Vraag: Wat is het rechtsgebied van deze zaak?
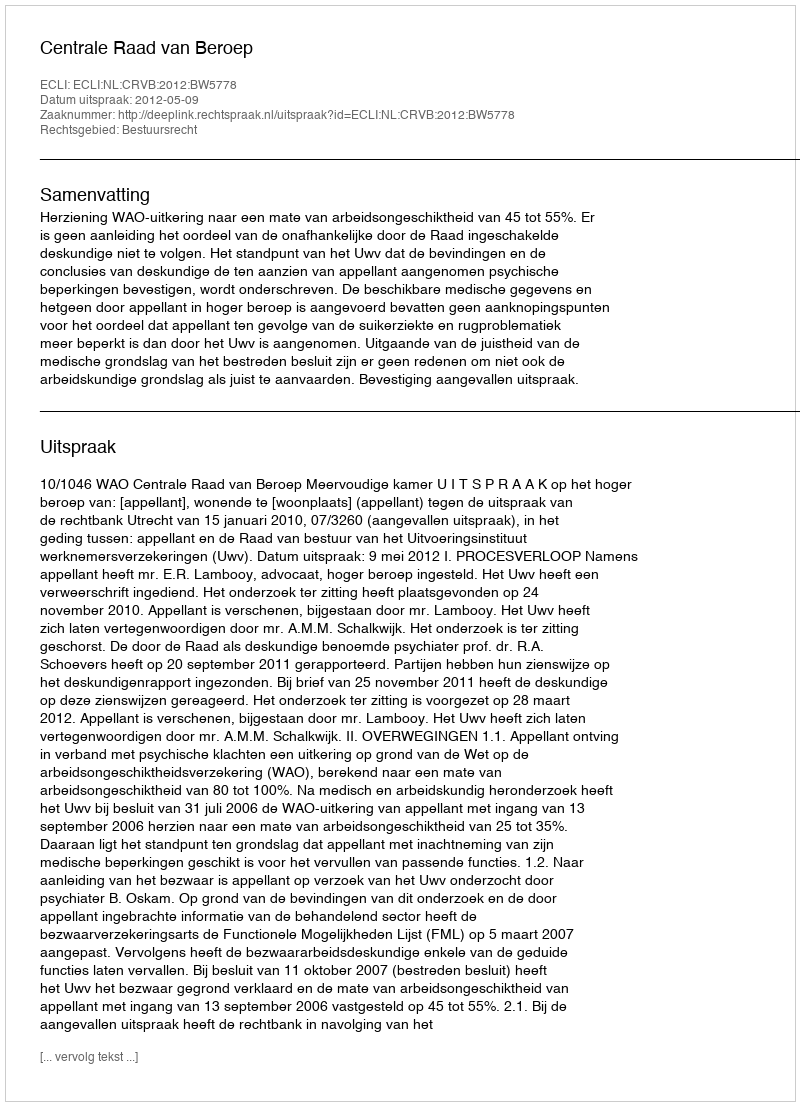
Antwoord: Bestuursrecht